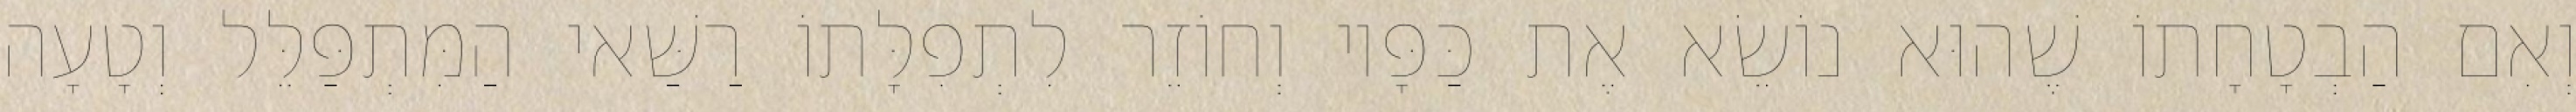
וְאִם הַבְטָחָתוֹ שֶׁהוּא נוֹשֵׂא אֶת כַּפָּיו וְחוֹזֵר לִתְפִלָּתוֹ רַשַּׁאי הַמִּתְפַּלֵּל וְטָעָה